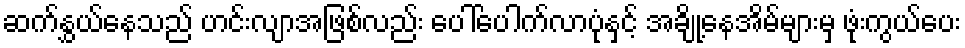
ဆက်နွှယ်နေသည် ဟင်းလျာအဖြစ်လည်း ပေါ်ပေါက်လာပုံနှင့် အချို့နေအိမ်များမှ ဖုံးကွယ်ပေး